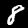
Digit: 8